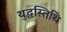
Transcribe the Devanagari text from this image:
युद्धस्तिथि